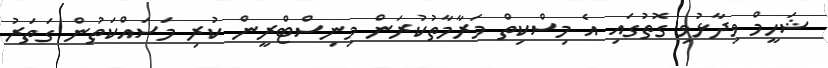
ޝަހީމް ވިދާޅުވި ގޮތުގައި އެ މިސްކިތް މަރާމާތުކުރަން މިނިސްޓްރީން ކުރި މަސައްކަތުން ގަތަރު